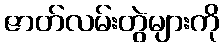
ဇာတ်လမ်းတွဲများကို